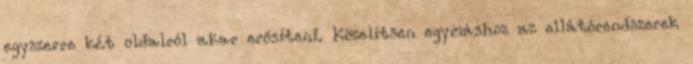
egyszerre két oldalról akar erősíteni. Közelítsen egymáshoz az ellátórendszerek